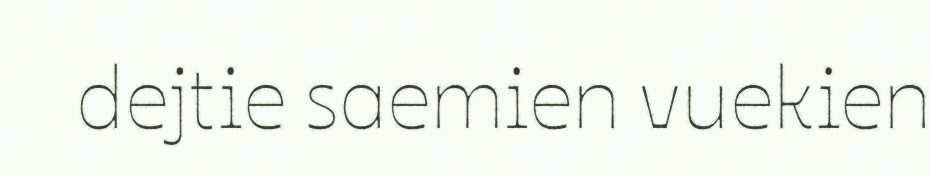
dejtie saemien vuekien